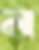
ন